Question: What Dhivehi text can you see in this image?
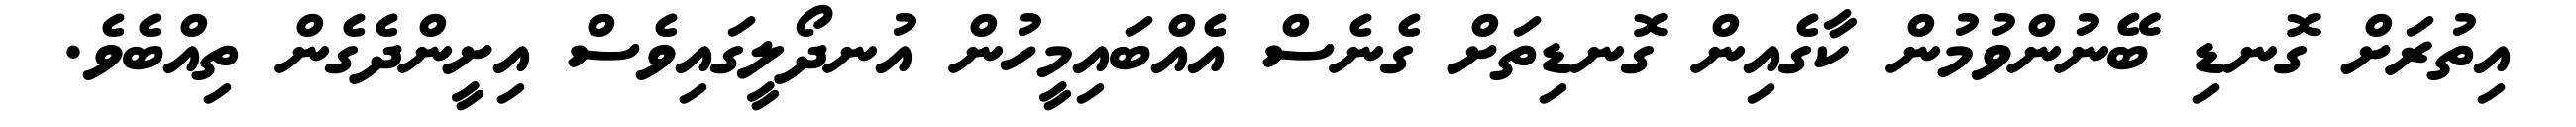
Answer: އިތުރަށް ގޮނޑި ބޭނުންވުމުން ކާގެއިން ގޮނޑިތަށް ގެނެސް އެއްބައިމީހުން އުނދޯލީގައިވެސް އިށީންދެގެން ތިއްބެވެ.